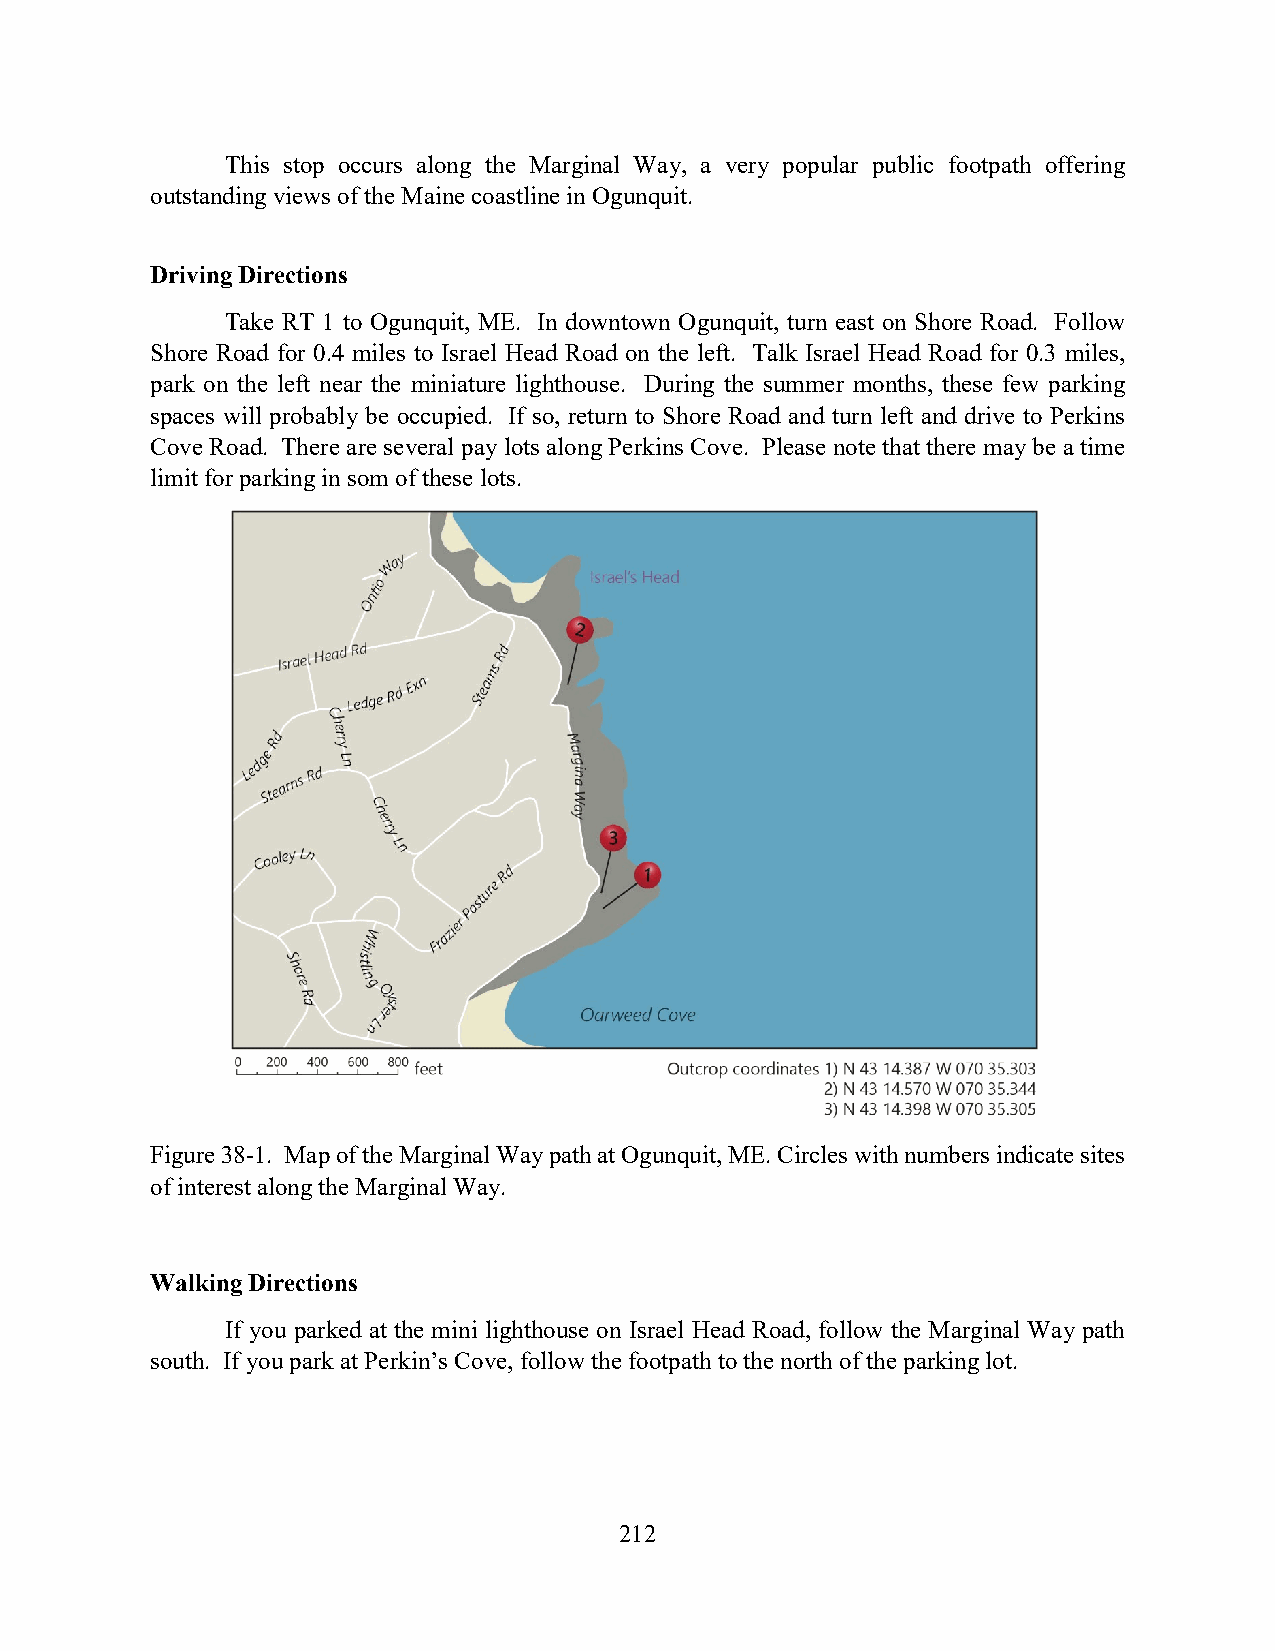
This stop occurs along the Marginal Way, a very popular public footpath offering
 outstanding views of the Maine coastline in Ogunquit.
 Driving Directions
 Take RT 1 to Ogunquit, ME. In downtown Ogunquit, turn east on Shore Road. Follow
 Shore Road for 0.4 miles to Israel Head Road on the left. Talk Israel Head Road for 0.3 miles,
 park on the left near the miniature lighthouse. During the summer months, these few parking
 spaces will probably be occupied. If so, return to Shore Road and turn left and drive to Perkins
 Cove Road. There are several pay lots along Perkins Cove. Please note that there may be a time
 limit for parking in som of these lots.
 Figure 38-1. Map of the Marginal Way path at Ogunquit, ME. Circles with numbers indicate sites
 of interest along the Marginal Way.
 Walking Directions
 If you parked at the mini lighthouse on Israel Head Road, follow the Marginal Way path
 south. If you park at Perkin’s Cove, follow the footpath to the north of the parking lot.
 212